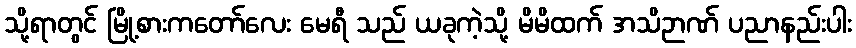
သို့ရာတွင် မြို့စားကတော်လေး မေရီ သည် ယခုကဲ့သို့ မိမိထက် အသိဉာဏ် ပညာနည်းပါး